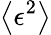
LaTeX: \left\langle\epsilon^{2}\right\rangle